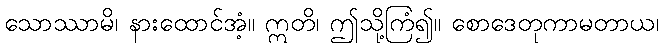
သောဿာမိ၊ နားထောင်အံ့။ ဣတိ၊ ဤသို့ကြံ၍။ စောဒေတုကာမတာယ၊